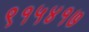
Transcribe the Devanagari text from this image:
९१५४१७